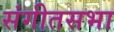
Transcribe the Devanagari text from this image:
संगीतसभा